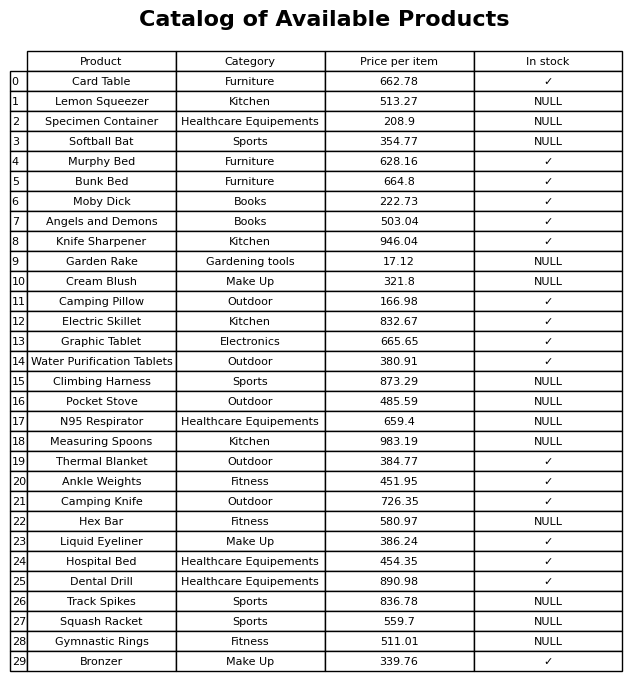
question: What category does the Squash Racket belong to?
answer: Sports